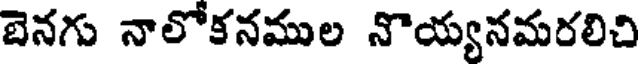
బెనగు నాలోకనముల నొయ్యనమరలిచి